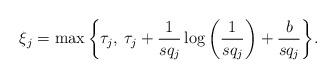
LaTeX: \begin{align*}\xi_j = \max \bigg\{\tau_j, \: \tau_j + \frac{1}{sq_j} \log \bigg( \frac{1}{sq_j} \bigg) + \frac{b}{sq_j} \bigg\}.\end{align*}